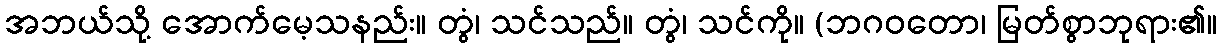
အဘယ်သို့ အောက်မေ့သနည်း။ တွံ၊ သင်သည်။ တွံ၊ သင်ကို။ (ဘဂဝတော၊ မြတ်စွာဘုရား၏။